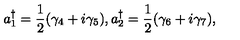
a _ { 1 } ^ { \dagger } = \frac { 1 } { 2 } ( { \gamma } _ { 4 } + i { \gamma } _ { 5 } ) , a _ { 2 } ^ { \dagger } = \frac { 1 } { 2 } ( { \gamma } _ { 6 } + i { \gamma } _ { 7 } ) ,